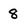
Character: 8